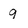
Character: 9